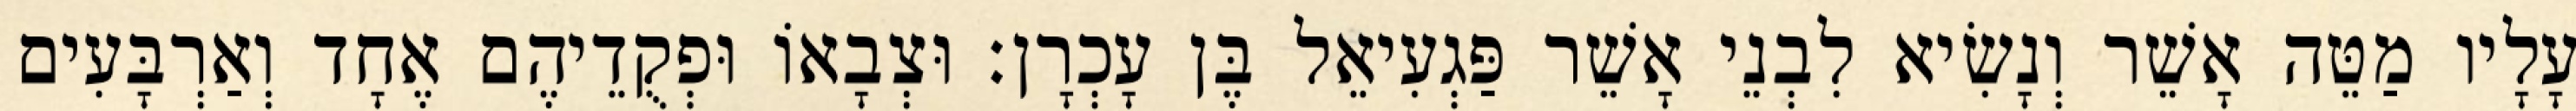
עָלָיו מַטֵּה אָשֵׁר וְנָשִׂיא לִבְנֵי אָשֵׁר פַּגְעִיאֵל בֶּן עָכְרָן׃ וּצְבָאוֹ וּפְקֻדֵיהֶם אֶחָד וְאַרְבָּעִים